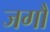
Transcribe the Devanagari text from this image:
जगौ